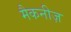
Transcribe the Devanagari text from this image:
मैकनीज़